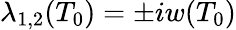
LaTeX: \lambda_{1,2}(T_{0})=\pm iw(T_{0})